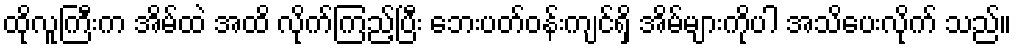
ထိုလူကြီးက အိမ်ထဲ အထိ လိုက်ကြည့်ပြီး ဘေးပတ်ဝန်းကျင်ရှိ အိမ်များကိုပါ အသိပေးလိုက် သည်။